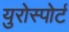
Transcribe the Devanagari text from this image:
युरोस्पोर्ट